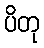
ပိတု